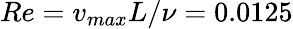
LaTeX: Re=v_{max}L/\nu=0.0125